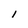
Character: 1